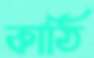
কাঠি